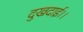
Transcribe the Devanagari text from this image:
दुखदाई।।